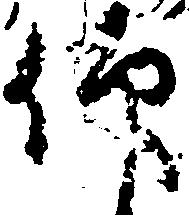
仰